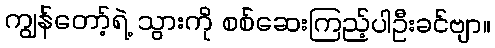
ကျွန်တော့်ရဲ့ သွားကို စစ်ဆေးကြည့်ပါဦးခင်ဗျာ။